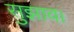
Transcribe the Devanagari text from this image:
सुझाव।